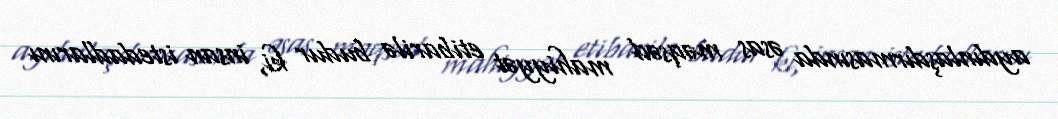
aydınlaşdırmasında əsas məqsəd mahiyyət etibarilə budur ki, insan istedadlarını